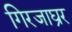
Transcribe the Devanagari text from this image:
गिरजाघ्रर